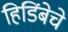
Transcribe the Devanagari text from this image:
हिडिंबेचे